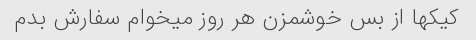
کیکها از بس خوشمزن هر روز میخوام سفارش بدم